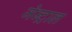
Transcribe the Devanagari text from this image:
जेन्ट्राल